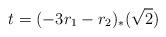
LaTeX: \begin{align*}t= (-3 r_1 - r_2)_*(\sqrt{2}) \end{align*}